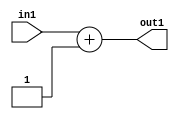
`timescale 1ps / 1ps
/*****************************************************************************
    Verilog RTL Description
    
    
    Created by: Stratus DpOpt 2019.1.01 
*******************************************************************************/

module st_weight_addr_gen_Add2i1u16_4 (
	in1,
	out1
	); /* architecture "behavioural" */ 
input [15:0] in1;
output [15:0] out1;
wire [15:0] asc001;

assign asc001 = 
	+(in1)
	+(16'B0000000000000001);

assign out1 = asc001;
endmodule

/* CADENCE  ubHxSQs= : u9/ySgnWtBlWxVPRXgAZ4Og= ** DO NOT EDIT THIS LINE ******/